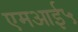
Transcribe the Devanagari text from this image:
एमआई५